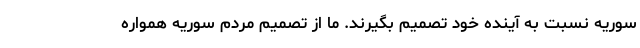
سوریه نسبت به آینده خود تصمیم بگیرند. ما از تصمیم مردم سوریه همواره